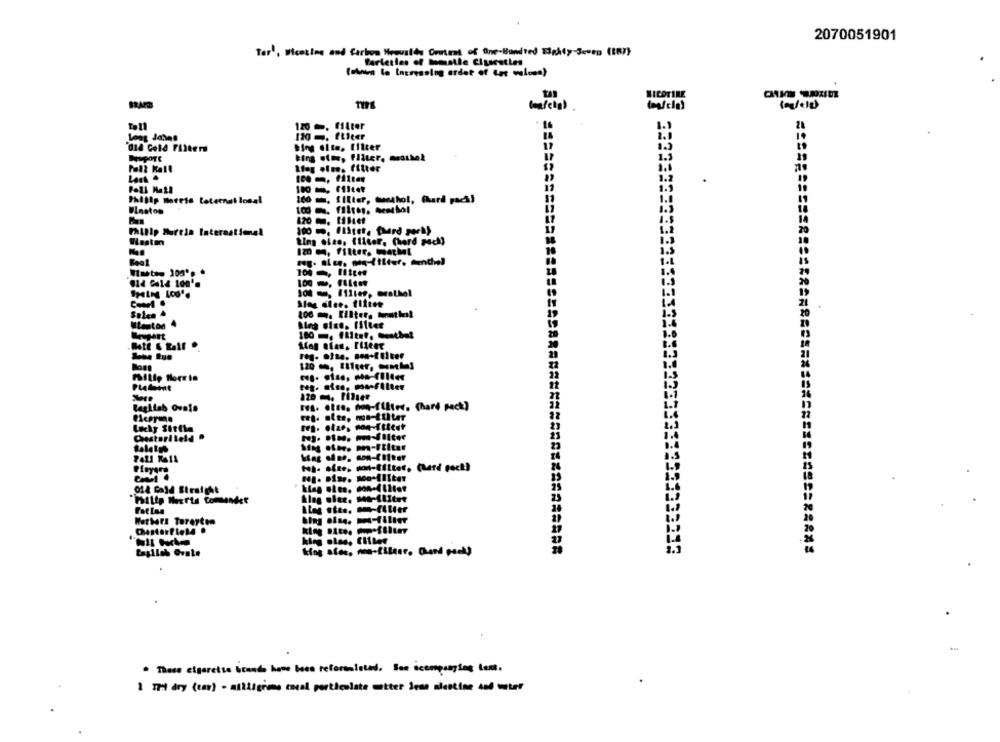
2070051901
Tar', Wicetime and Carbon Newvalds Orient of One-Bundted Eighty-Seven (187}
Parlerles of Meatle Ciuscatles
(mau la Increasing ordet of lor wulosa)
(malcle)
120 -. filter
Long Johnn
120 -. filter
"are Cold Filter
1.3
king ofor, Fliter, mathel
Poll Kall
Lag olan. filter
JEESSSSS
160 . filter, tunthol, Ghari pack]
Philip Burela International
ting else, iliter, (hard pech)
12 M, filter. mathel
Fool
hoe diee. tifiee
.
King size. filter
Meupart
Platomt
F .. .... how-filter. (hard pack)
Lucky Sittla
Chesteriteld
"Piltp Muerte Comendet
Wethers Tureyten
Chesterfield .
. Those cigaretse bounds have been reformulated. See acompanying last.
\ 't dry (car) - willigim cocal particulate wetter Jeme nicotine and water